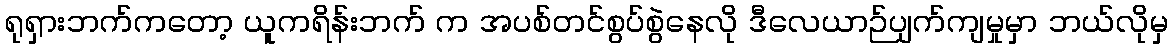
ရုရှားဘက်ကတော့ ယူကရိန်းဘက် က အပစ်တင်စွပ်စွဲနေလို ဒီလေယာဉ်ပျက်ကျမှုမှာ ဘယ်လိုမှ